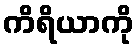
ကိရိယာကို